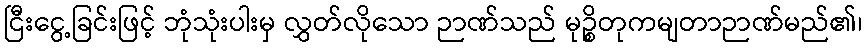
ငြီးငွေ့ခြင်းဖြင့် ဘုံသုံးပါးမှ လွှတ်လိုသော ဉာဏ်သည် မုဉ္စိတုကမျတာဉာဏ်မည်၏၊